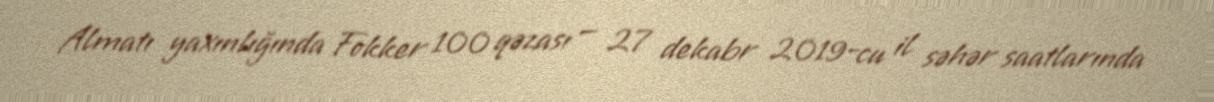
Almatı yaxınlığında Fokker 100 qəzası — 27 dekabr 2019-cu il səhər saatlarında